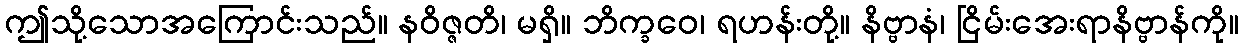
ဤသို့သောအကြောင်းသည်။ နဝိဇ္ဇတိ၊ မရှိ။ ဘိက္ခဝေ၊ ရဟန်းတို့။ နိဗ္ဗာနံ၊ ငြိမ်းအေးရာနိဗ္ဗာန်ကို။